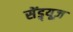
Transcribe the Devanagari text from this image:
सेंड्र्यूज़